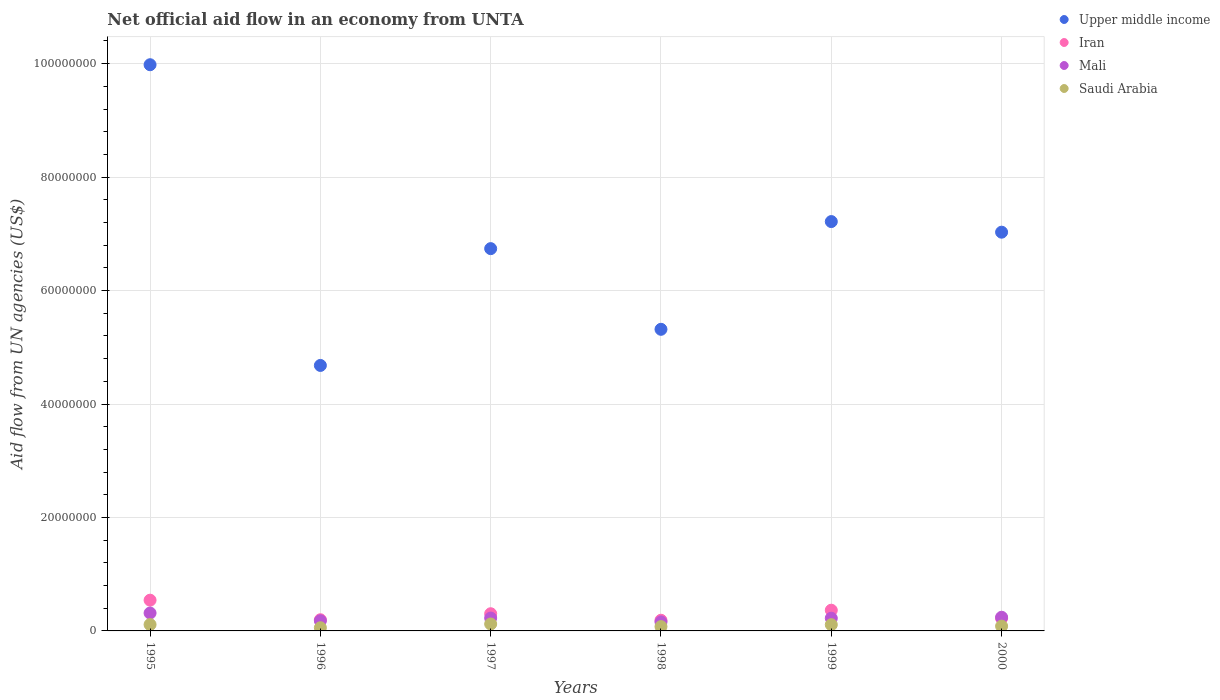
| Years | Upper middle income | Iran | Mali | Saudi Arabia |
 | --- | --- | --- | --- | --- |
 | 1995 | 9.98e+07 | 5.42e+06 | 3.15e+06 | 1.12e+06 |
 | 1996 | 4.68e+07 | 1.97e+06 | 1.79e+06 | 5.6e+05 |
 | 1997 | 6.74e+07 | 3.03e+06 | 2.27e+06 | 1.22e+06 |
 | 1998 | 5.32e+07 | 1.88e+06 | 1.59e+06 | 7.6e+05 |
 | 1999 | 7.22e+07 | 3.65e+06 | 2.24e+06 | 1.1e+06 |
 | 2000 | 7.03e+07 | 2.22e+06 | 2.41e+06 | 8.4e+05 |